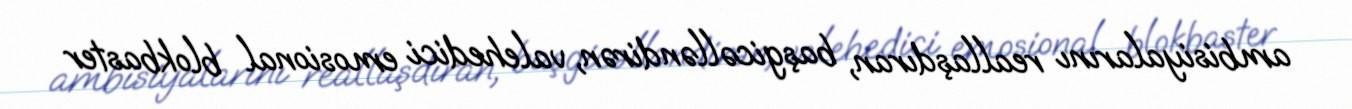
ambisiyalarını reallaşdıran, başgicəlləndirən, valehedici emosional blokbaster